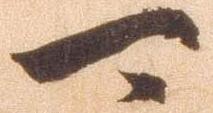
可